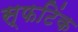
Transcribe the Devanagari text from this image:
स्फटिंक